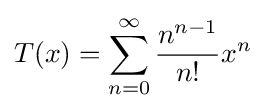
T(x)=\sum _{n=0}^{\infty }{\frac {n^{n-1}}{n!}}x^{n}